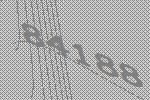
84188